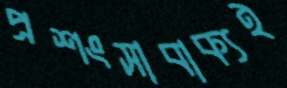
প্রশংসাবাক্যই